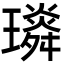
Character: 𤪏